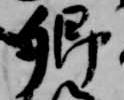
卿